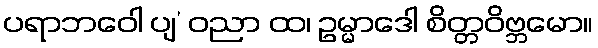
ပရာဘဝေါ ပျ’ ဝညာ ထ၊ ဥမ္မာဒေါ စိတ္တဝိဗ္ဘမော။